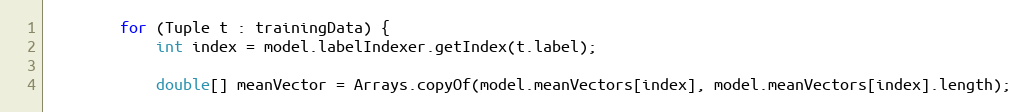
Language: Java
        for (Tuple t : trainingData) {
            int index = model.labelIndexer.getIndex(t.label);

            double[] meanVector = Arrays.copyOf(model.meanVectors[index], model.meanVectors[index].length);